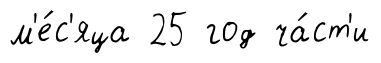
м'е́с'яца 25 год ча́ст'и